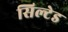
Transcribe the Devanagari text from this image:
सिल्टेड